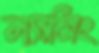
ল্যাসিং